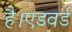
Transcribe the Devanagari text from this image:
है।एडवर्ड